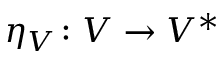
\eta _ { V } \colon V \to V ^ { * }